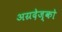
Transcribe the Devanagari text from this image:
अग्रदेज्को